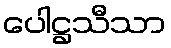
ပေါဋ္ဌသီသာ